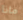
ماذا